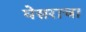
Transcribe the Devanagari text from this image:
घेसराचा